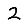
Digit: 2